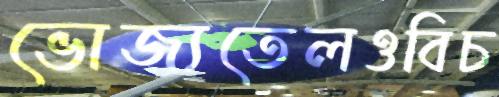
ভোজ্যতেলওবিচ